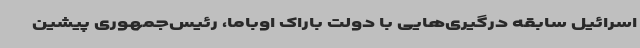
اسرائیل سابقه درگیری‌هایی با دولت باراک اوباما، رئیس‌جمهوری پیشین